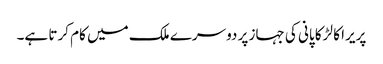
پریرا کا لڑکا پانی کی جہاز پر دوسرے ملک میں کام کرتا ہے۔